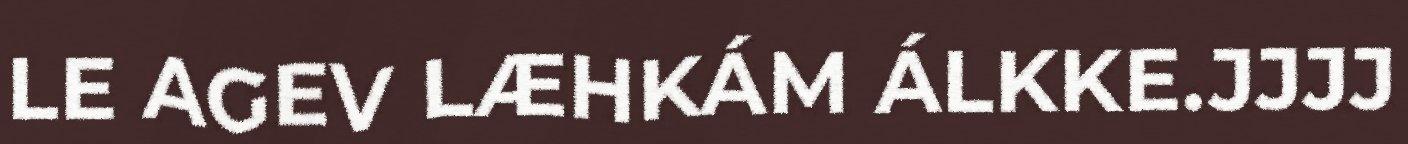
LE AGEV LÆHKÁM ÁLKKE.JJJJ